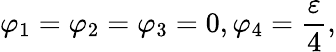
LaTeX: \varphi_{1}=\varphi_{2}=\varphi_{3}=0,\varphi_{4}={\frac{\varepsilon}{4}},